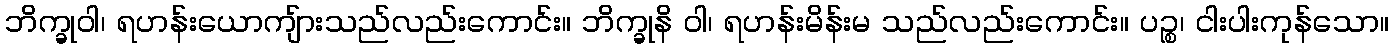
ဘိက္ခုဝါ၊ ရဟန်းယောကျ်ားသည်လည်းကောင်း။ ဘိက္ခုနိ ဝါ၊ ရဟန်းမိန်းမ သည်လည်းကောင်း။ ပဉ္စ၊ ငါးပါးကုန်သော။